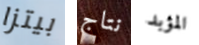
بيتزا نتاج المؤبد